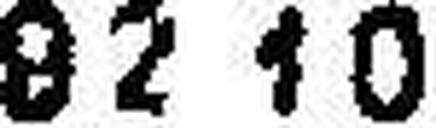
92.10